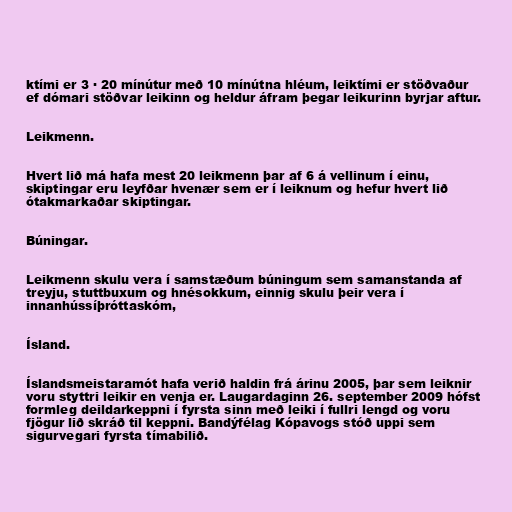
ktími er 3 · 20 mínútur með 10 mínútna hléum, leiktími er stöðvaður
ef dómari stöðvar leikinn og heldur áfram þegar leikurinn byrjar aftur.

Leikmenn.

Hvert lið má hafa mest 20 leikmenn þar af 6 á vellinum í einu,
skiptingar eru leyfðar hvenær sem er í leiknum og hefur hvert lið
ótakmarkaðar skiptingar.

Búningar.

Leikmenn skulu vera í samstæðum búningum sem samanstanda af
treyju, stuttbuxum og hnésokkum, einnig skulu þeir vera í
innanhússíþróttaskóm,

Ísland.

Íslandsmeistaramót hafa verið haldin frá árinu 2005, þar sem leiknir
voru styttri leikir en venja er. Laugardaginn 26. september 2009 hófst
formleg deildarkeppni í fyrsta sinn með leiki í fullri lengd og voru
fjögur lið skráð til keppni. Bandýfélag Kópavogs stóð uppi sem
sigurvegari fyrsta tímabilið.